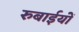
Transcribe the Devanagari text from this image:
रुबाईयों